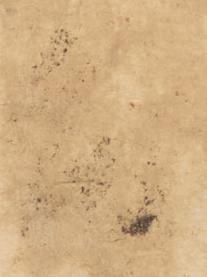
庫